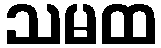
သမထ